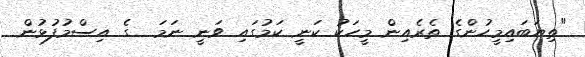
"ތިޔަބައިމީހުންގެ ތެރެއިން މީހަކު ކަނީ ކަމުގައި ވަނީ ނަމަ  ގެ އިސްމުފުޅުން